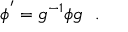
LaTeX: \phi ^ { ' } = g ^ { - 1 } \phi g \ \ .